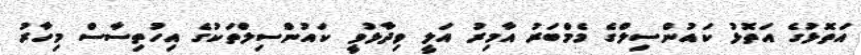
އަތޮޅުގެ އަތޮޅު ކައުންސިލްގެ މެމްބަރު އާމިރު އަލީ ވިދާޅުވީ ކައުންސިލްތަކުގެ އިހުތިސާސް މިހާރު